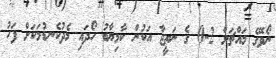
ނޯވޭގެ މައްޗަށް 2-0 ގެ ނަތީޖާ އަކުން ކާމިޔާބު ހޯދައި މެދުކެނޑުމަކަށް ފަހު